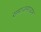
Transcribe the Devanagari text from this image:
समाजमाध्यम